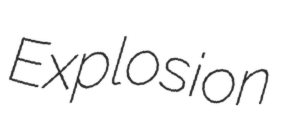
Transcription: Explosion